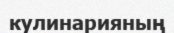
кулинарияның